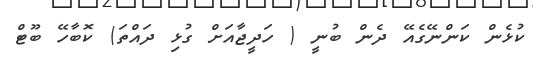
ކުޅެން ކަންނޭގެއޭ ދެން ބުނީ ( ހަދީޖާއަށް ގުޅި ދައްތަ) ކޮބާހޭ ބޫޓް